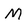
Character: M